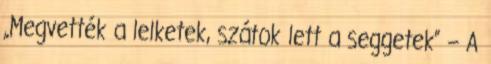
„Megvették a lelketek, szátok lett a seggetek” – A